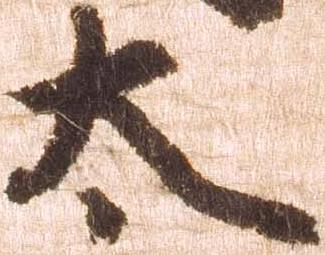
太